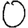
Digit: 0